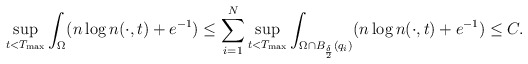
\begin{align*}\sup_{t<T_{\rm max}} \int_{\Omega } (n\log n(\cdot,t)+e^{-1}) \le \sum_{i=1}^{N}\sup_{t<T_{\rm max}} \int_{\Omega\cap B_{\frac{\delta}{2}}(q_{i})} (n\log n(\cdot,t)+e^{-1})\le C.\end{align*}